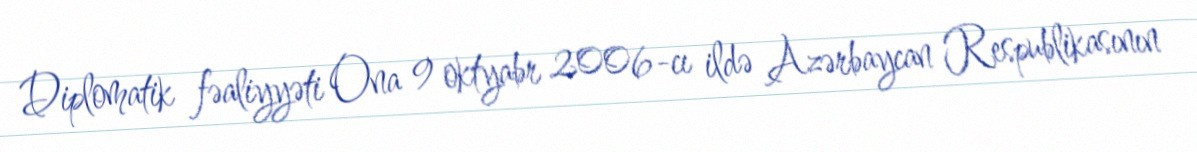
Diplomatik fəaliyyəti Ona 9 oktyabr 2006-cı ildə Azərbaycan Respublikasının